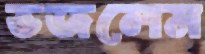
ভজলেম